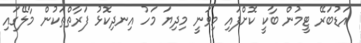
އަޑުބަރޭ ޓީމުން ބާކީ ކޮށްފައި މިވަނީ މިދިޔަ މަހު އިނދިކޮޅު ފަރާތްތަކުން މާލޭގައި